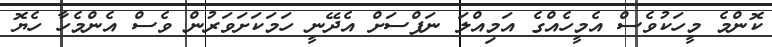
ކޮންމެ މީހަކުވެސް އެމީހެއްގެ އަމިއްލަ ނަފްސަށް އެދޭނީ ހަމަކަށަވަރުން ވެސް އެންމެހާ ހެޔޮ